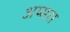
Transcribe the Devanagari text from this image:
अप्‍सरा